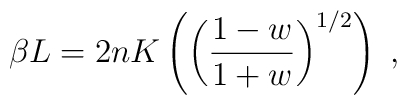
\beta L=2nK\left(\left(\frac{1-w}{1+w}\right)^{1/2}\right)\;,